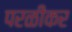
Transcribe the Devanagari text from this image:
परळीकर